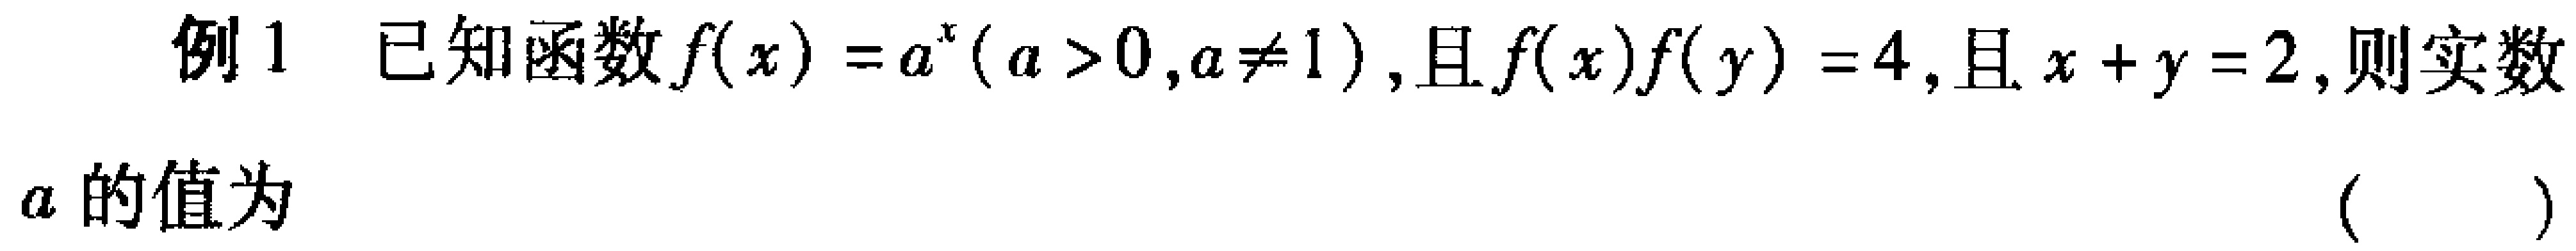
例1 已知函数\(f(x)=a^{x}(a > 0,a\neq 1)\)，且\(f(x)f(y)=4\)，且\(x + y = 2\)，则实数\(a\)的值为 （  ）